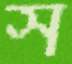
স